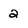
Character: 2